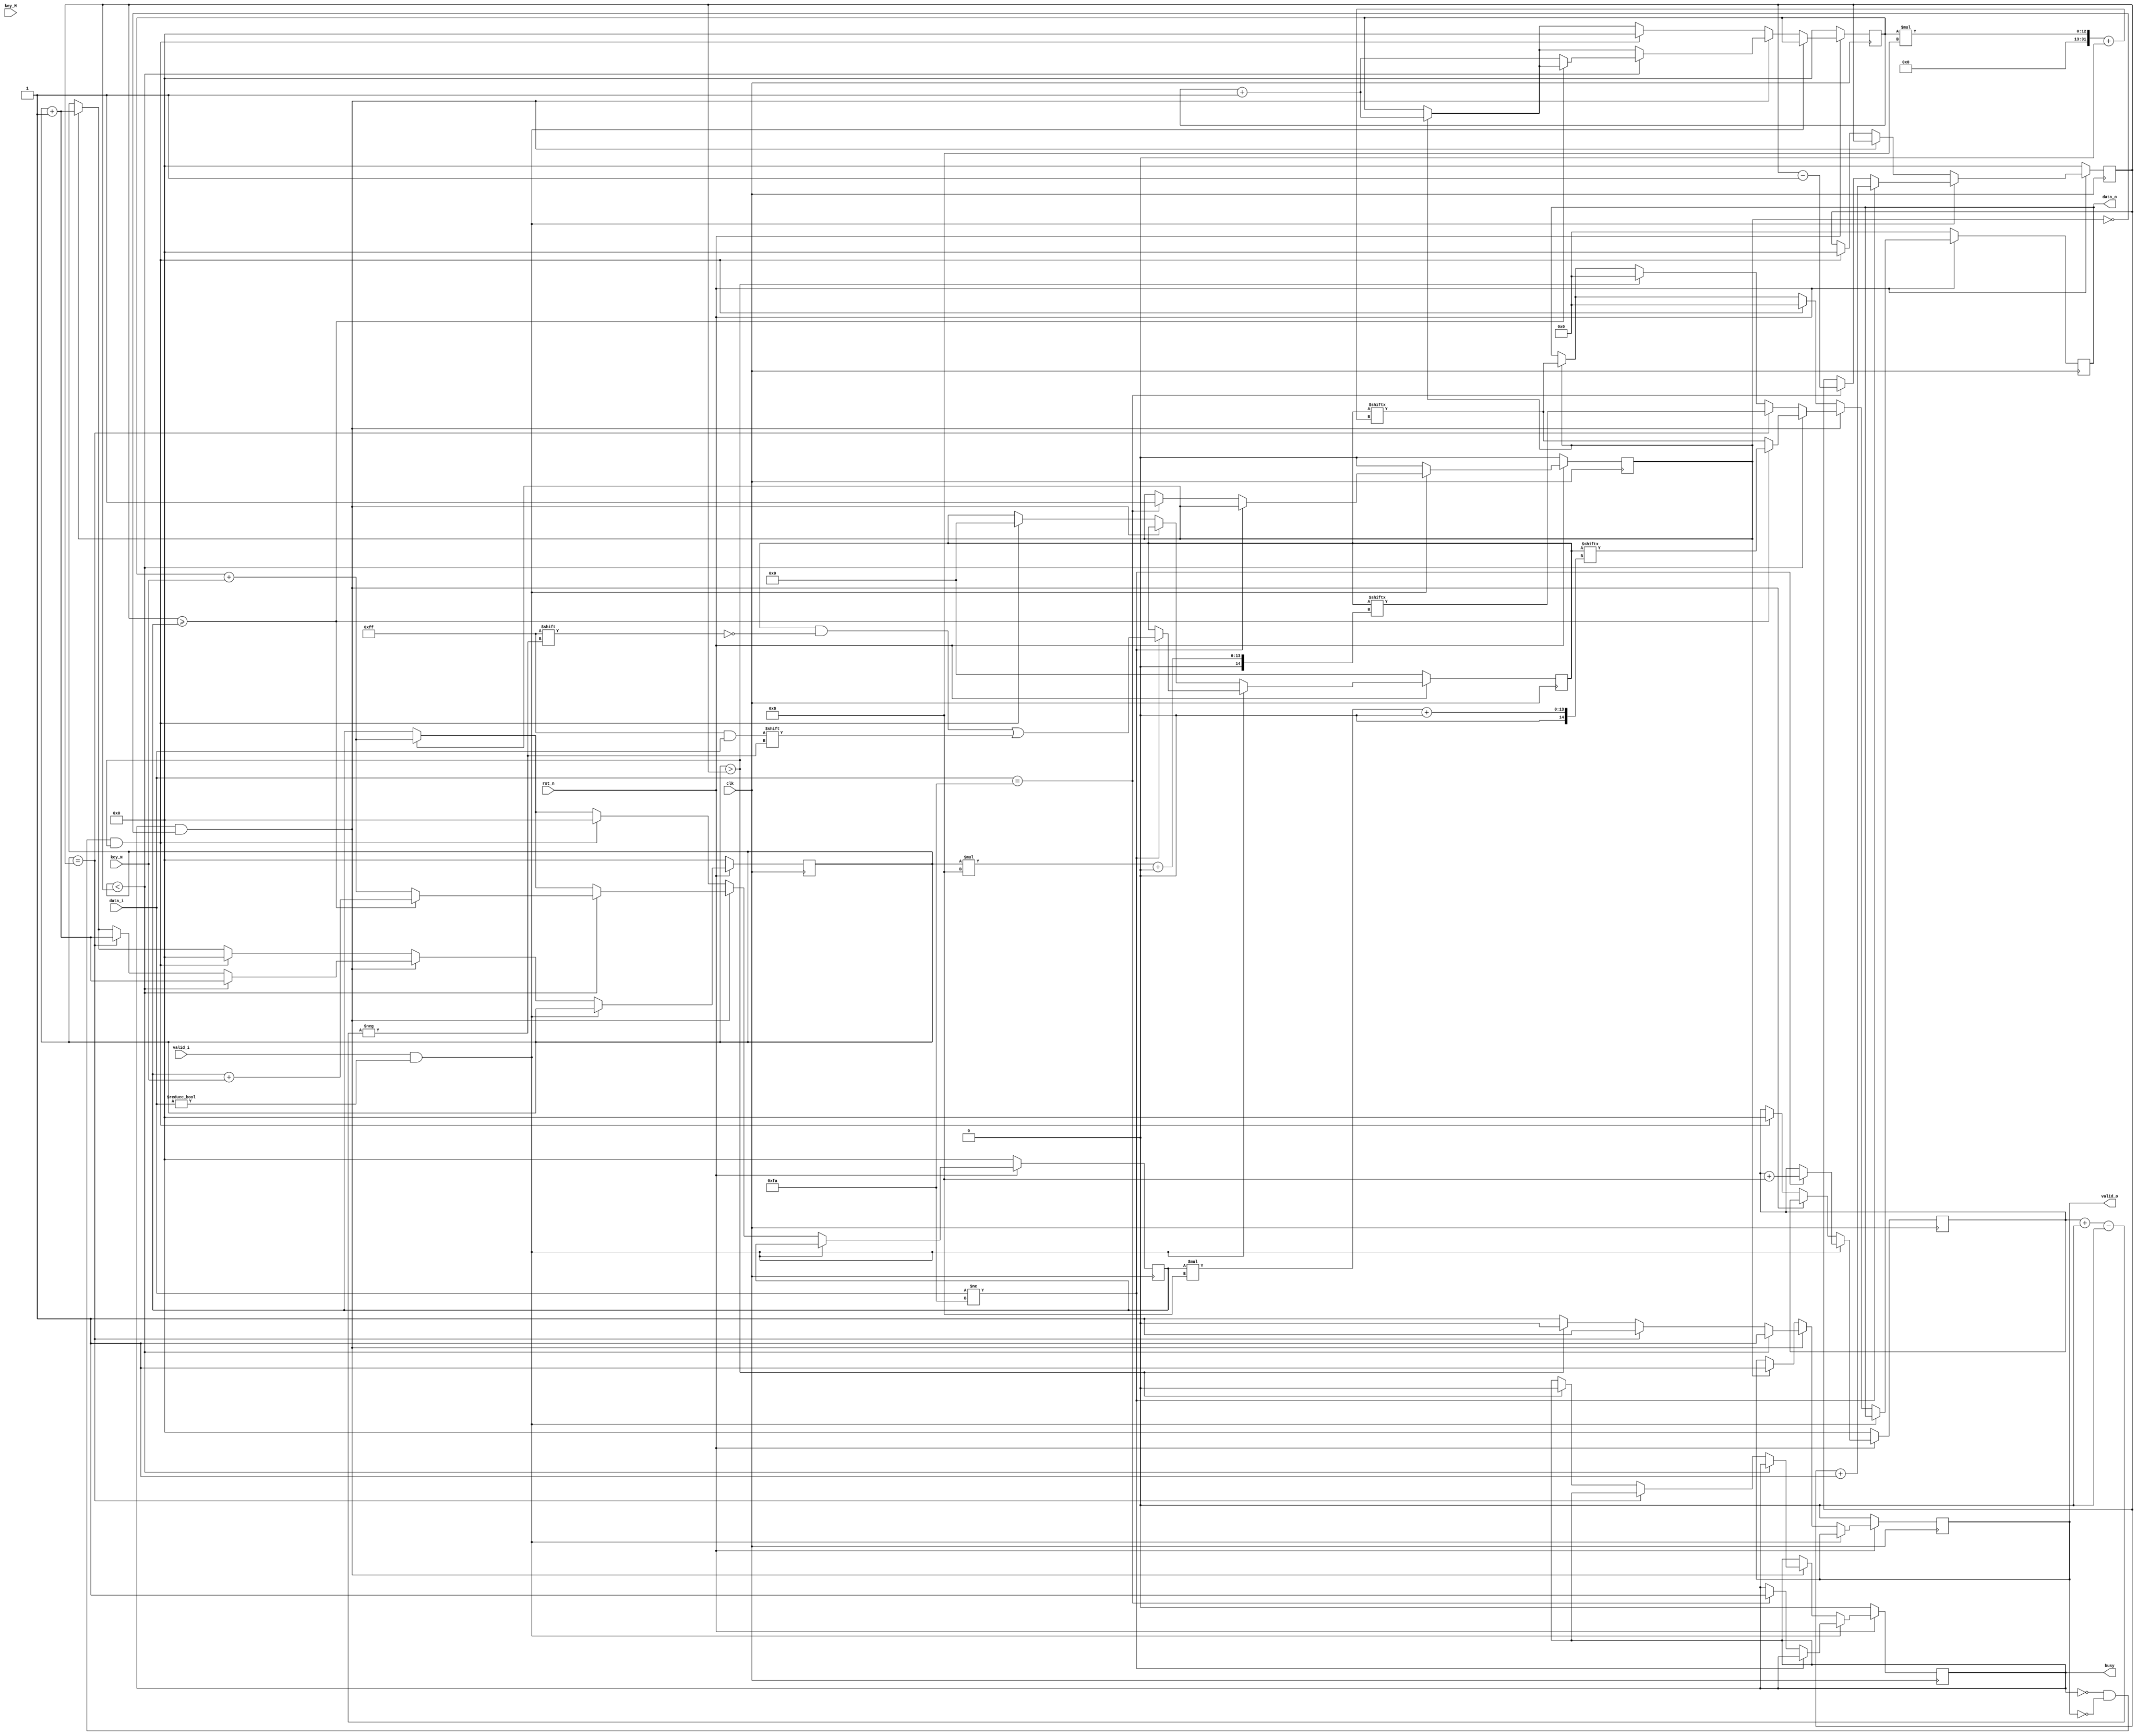
`timescale 1ns / 1ps

module scytale_decryption#(
			parameter D_WIDTH = 8, 
			parameter KEY_WIDTH = 8, 
			parameter MAX_NOF_CHARS = 50,
			parameter START_DECRYPTION_TOKEN = 8'hFA
		)(
			// Clock and reset interface
			input clk,
			input rst_n,
			
			// Input interface
			input[D_WIDTH - 1:0] data_i,
			input valid_i,
			
			// Decryption Key
			input[KEY_WIDTH - 1 : 0] key_N,
			input[KEY_WIDTH - 1 : 0] key_M,
			
			// Output interface
			output reg[D_WIDTH - 1:0] data_o,
			output reg valid_o,
			
			output reg busy
    );
	 
	 reg [MAX_NOF_CHARS * D_WIDTH - 1 : 0] full_text;
	 reg [8 : 0] current_position; // 512 > 400 = max number of bits for a sentence
	 reg end_of_word;
	 reg [8 : 0] dimension;
	 reg [8 : 0] nof_chars;
	 
	 reg [8 : 0] i;
	 reg [8 : 0] j;
	 reg [8 : 0] map_letter;
	 
	 reg [MAX_NOF_CHARS * D_WIDTH - 1 : 0] decoded_text;
	 reg [8 : 0] current_char;
	 reg [8 : 0] crt_letter;
	 
	 always @(posedge clk)
		begin
		
		//$display("full_text: %b\nend_of_word: %b", full_text[55 : 0], end_of_word);
		//$display("nof_chars: %b\n", nof_chars);
			if(rst_n == 0)
				begin
				// reset
				//crt_letter <= 0;
				nof_chars <= 0;
				busy <= 0;
				full_text <= 0;
				data_o <= 0;
				valid_o <= 0;
				current_position <= 0; //
				end_of_word <= 0;
				current_char <= 0; //
				map_letter <= 0;
				crt_letter <= 0;
				
				
				end
			else if(rst_n == 1)
				begin
				
					if(valid_i == 1 && data_i != 0)
						begin
						
						if(data_i != 'hFA)
							begin
								full_text[current_position +: D_WIDTH] <= data_i; //
								current_position <= current_position + D_WIDTH;
								nof_chars <= nof_chars + 1;
							end
							else if(data_i == 'hFA)
								begin
								//$display("data_i ('hFA): %h", data_i);
									end_of_word <= 1;
									busy <= 1;
									nof_chars <= nof_chars - 1;
								end
						end
						else
							begin
																			
								if(end_of_word == 1)
									begin
										//busy <= 1;
										valid_o <= 1;
										end_of_word <= 0; // 
										data_o <= full_text[crt_letter * D_WIDTH +: D_WIDTH];
										current_char <= current_char + 1;
										map_letter <= crt_letter + key_N;
										crt_letter <= crt_letter + 1;
									end
									
								if(busy == 1 && !end_of_word)
									begin
										valid_o <= 1;
										if(current_char < nof_chars)
										//data_o <= full_text[current_position - 1 -: D_WIDTH];
											begin
												////$display("\n----- current_char: %b", current_char);
												map_letter <= map_letter + key_N;
												
												if(nof_chars >= map_letter)
													begin
														data_o <= full_text[map_letter * D_WIDTH +: D_WIDTH];
														current_char <= current_char + 1; 
														////$display("data_o: %c\tmap_letter: %b\tnof_chars: %b", data_o, map_letter, nof_chars);
													end
													else begin
														data_o <= full_text[crt_letter * D_WIDTH +: D_WIDTH];
														////$display("crt_letter: %c\t crt_letter_no: %b", full_text[crt_letter * D_WIDTH +: D_WIDTH], crt_letter);
														////$display("\ndata_o: %c", data_o);
														current_char <= current_char + 1;
														crt_letter <= crt_letter + 1;
														map_letter <= crt_letter + key_N;
														//end_of_word <= 1;
													end
												
												//$display("current_char: %b\tnof_chars: %b\tdata_o: %c\n", current_char, nof_chars, data_o);
												//$display("dimension: %b\ncurrent_position: %b\n", dimension, current_position);
											end
										else if(current_char == nof_chars)
											begin
												data_o <= full_text[current_char * D_WIDTH +: D_WIDTH];
												current_char <= current_char + 1;
												
												////$display("current_char: %b\tnof_chars: %b\tdata_o: %c\n", current_char, nof_chars, data_o);
												//busy <= 0;
												//valid_o <= 0;
												//data_o <= 65;
											end
										else if(current_char > nof_chars)
											begin
												////$display("\ndata_o: %c", data_o);
												data_o <= 0;
												busy <= 0;
												valid_o <= 0;
											end
									end
								else if(busy == 0 && valid_o == 0 && current_char > nof_chars) // some kind of reset
									begin
										current_char <= 0;
										nof_chars <= 0;
										current_position <= 0;
										full_text <= 0;
										data_o <= 0;
										//
										crt_letter <= 0;
										map_letter <= 0;
										
									end
									
							end 
						
				end
				
		end
					
	/*always @(posedge end_of_word)
		begin
		// scytale logic 
		dimension = current_position; // numarul de biti
		
		if(end_of_word)
			begin
			crt_letter = 0;
			//$display("yep\ndimension: %b\ncurrent_position: %b\n", dimension, current_position);
				for(i = 0; i < key_N; i = i + 1)
					begin
						map_letter = i;
						//crt_letter = crt_letter + 1;
						decoded_text[crt_letter * D_WIDTH +: D_WIDTH] = full_text[i * D_WIDTH +: D_WIDTH];
						crt_letter = crt_letter + 1;
						for(j = i; j < nof_chars; j = j + 1)
							begin
								map_letter = map_letter + key_N;
								if(map_letter < nof_chars)
									//display(map_letter_index...)
									begin
									//decoded_text[i * D_WIDTH +: D_WIDTH] <= full_text[i * D_WIDTH +: D_WIDTH];
									//decoded_text[i +: D_WIDTH] <= full_text[map_letter * D_WIDTH +: D_WIDTH];
									//$display("decoded_text: %c\n", decoded_text);
										decoded_text[D_WIDTH * crt_letter +: D_WIDTH] = full_text[map_letter * D_WIDTH +: D_WIDTH];
										crt_letter = crt_letter + 1;
									
									end
							end
					end
					
				//$display("\ndecoded_text: %b", decoded_text);
			end
			crt_letter = 0;
		end
*/
endmodule